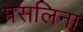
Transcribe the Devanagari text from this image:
मेसलिना